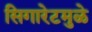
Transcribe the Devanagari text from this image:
सिगारेटमुळे